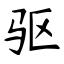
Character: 驱